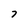
Character: 7